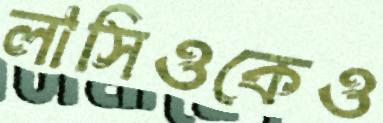
লাসিওকেও